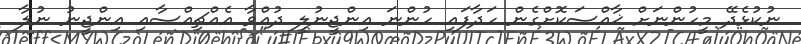
ނުކުޅެދޭ މީހުންނަށް ޚާއްސަކޮށްގެން ހަދާފައި ހުންނަ އިންޖީނުލީ ދުއްވާ އެއްޗިއްސާއި އިންޖީނު ނުލާ